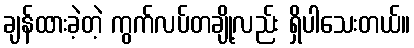
ချန်ထားခဲ့တဲ့ ကွက်လပ်တချို့လည်း ရှိပါသေးတယ်။